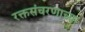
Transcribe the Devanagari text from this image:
रक्तसंचरणाच्या